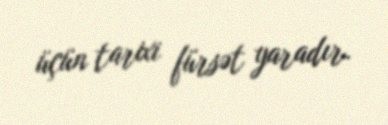
üçün tarixi fürsət yaradır.